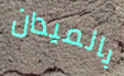
بالميدان